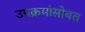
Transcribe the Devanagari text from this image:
उपक्रमांसोबत